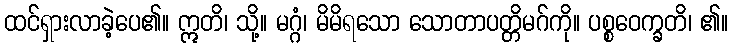
ထင်ရှားလာခဲ့ပေ၏။ ဣတိ၊ သို့။ မဂ္ဂံ၊ မိမိရသော သောတာပတ္တိမဂ်ကို။ ပစ္စဝေက္ခတိ၊ ၏။